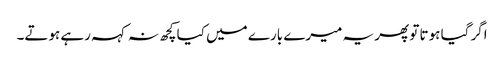
اگر گیا ہوتا تو پھر یہ میرے بارے میں کیا کچھ نہ کہہ رہے ہوتے۔